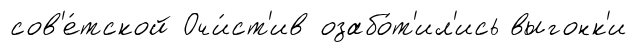
сов'е́тской Очи́ст'ив озабо́т'ил'ись выгонк'и